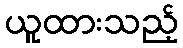
ယူထားသည့်